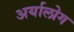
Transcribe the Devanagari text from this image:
अर्यालोग